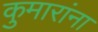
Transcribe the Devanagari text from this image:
कुमारांना